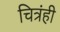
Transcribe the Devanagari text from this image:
चित्रंही